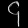
Digit: ၄